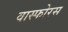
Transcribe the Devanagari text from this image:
वास्फोरस